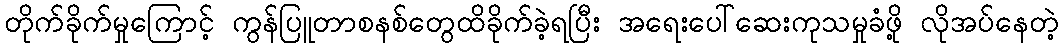
တိုက်ခိုက်မှုကြောင့် ကွန်ပြူတာစနစ်တွေထိခိုက်ခဲ့ရပြီး အရေးပေါ်ဆေးကုသမှုခံဖို့ လိုအပ်နေတဲ့